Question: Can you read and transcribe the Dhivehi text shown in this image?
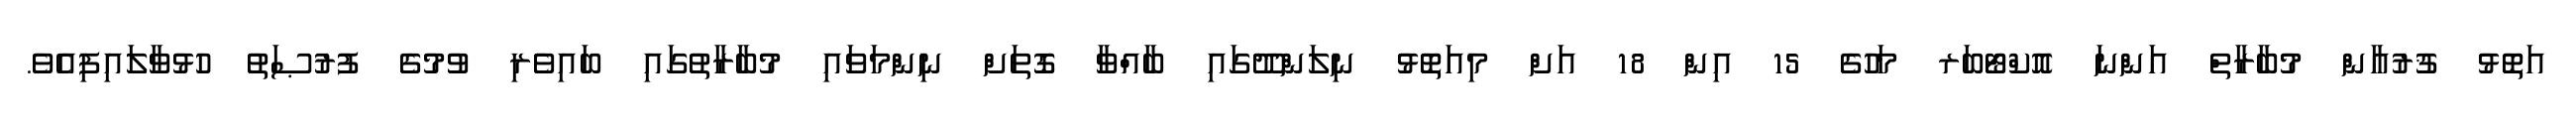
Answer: އަތޮޅު ޤުރުއާން މުބާރާތް އަންނަ އޮކްޓޯބަރ މަހުގެ 15 އިން 18 އަށް މިއަތޮޅު ނިލަންދޫގައި ބާއްވާ ގޮތަށް ނިންމަވައި މުބާރާތުގައި ބައިވެރި ވުމުގެ ފުރުޞަތު ހުޅުވާލައިފިއެވެ.